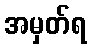
အမှတ်ရ